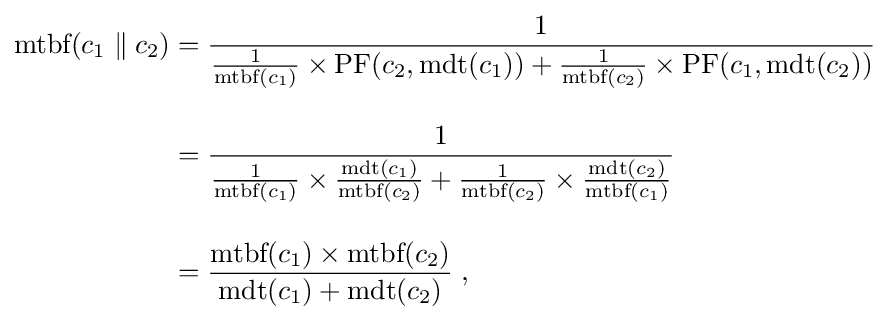
{\begin{aligned}{\text{mtbf}}(c_{1}\parallel c_{2})&={\frac {1}{{\frac {1}{{\text{mtbf}}(c_{1})}}\times {\text{PF}}(c_{2},{\text{mdt}}(c_{1}))+{\frac {1}{{\text{mtbf}}(c_{2})}}\times {\text{PF}}(c_{1},{\text{mdt}}(c_{2}))}}\\[1em]&={\frac {1}{{\frac {1}{{\text{mtbf}}(c_{1})}}\times {\frac {{\text{mdt}}(c_{1})}{{\text{mtbf}}(c_{2})}}+{\frac {1}{{\text{mtbf}}(c_{2})}}\times {\frac {{\text{mdt}}(c_{2})}{{\text{mtbf}}(c_{1})}}}}\\[1em]&={\frac {{\text{mtbf}}(c_{1})\times {\text{mtbf}}(c_{2})}{{\text{mdt}}(c_{1})+{\text{mdt}}(c_{2})}}\;,\end{aligned}}